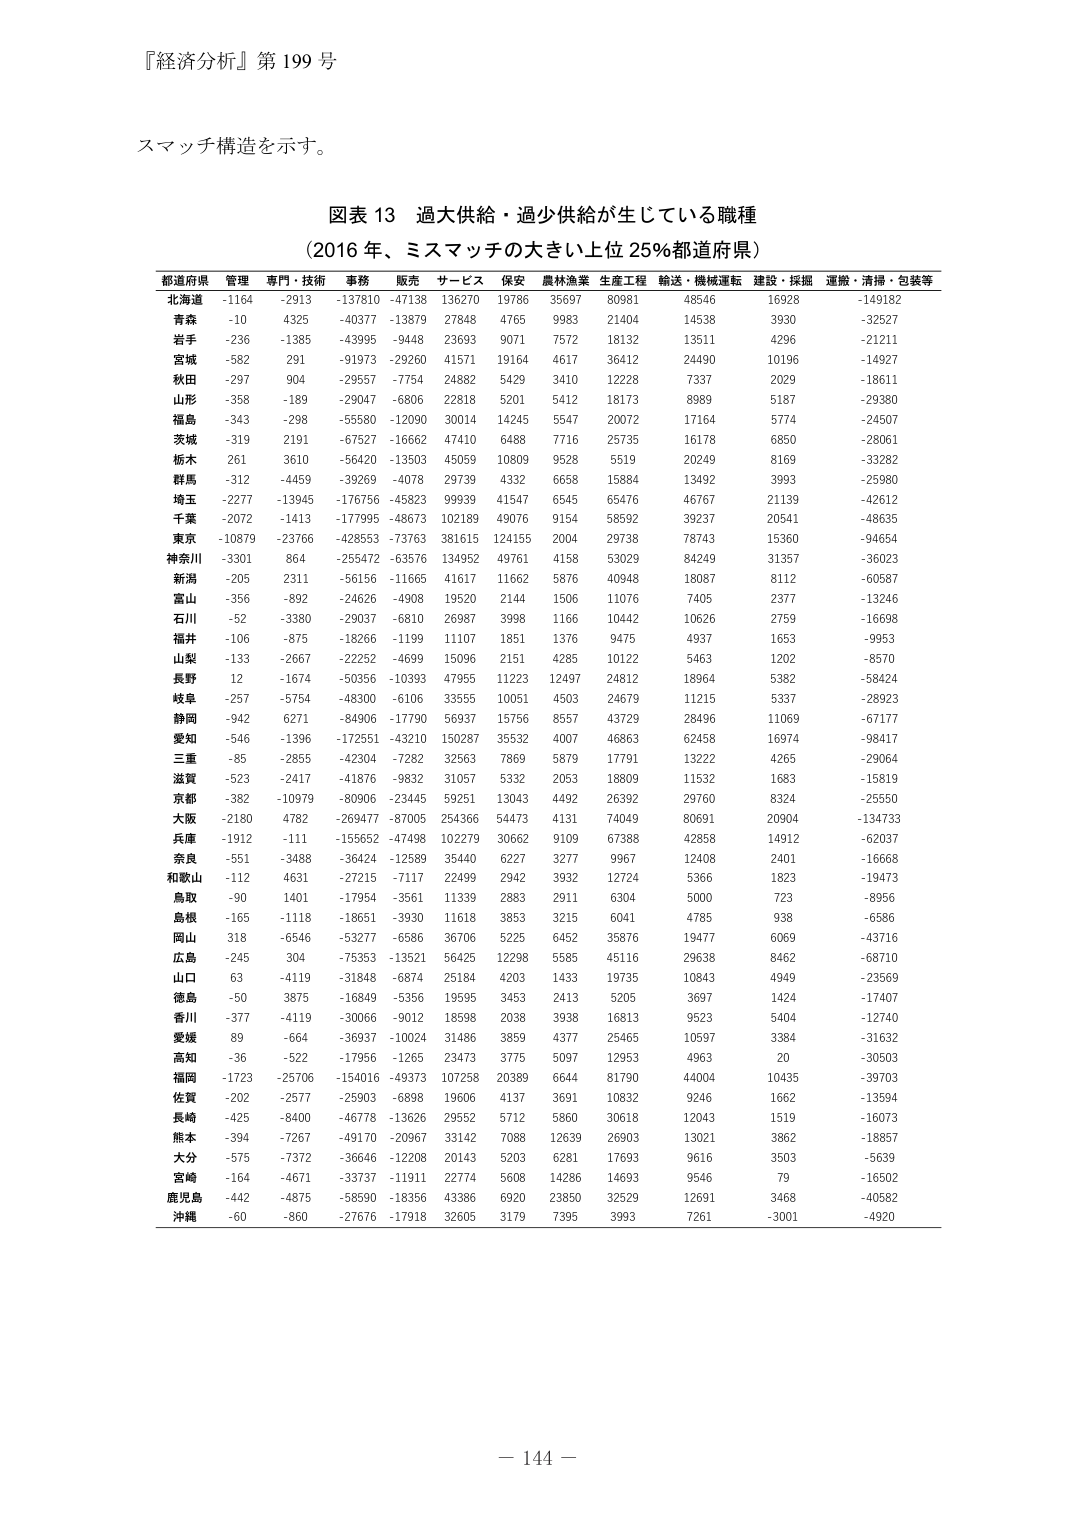
『経済分析』第 199 号

スマッチ構造を示す。

図表 13 過大供給・過少供給が生じている職種
（2016 年、ミスマッチの大きい上位 25％都道府県）

都道府県 管理 専門・技術 事務 販売 サービス 保安 農林漁業 生産工程 輸送・機械運転 建設・採掘 運搬・清掃・包装等
北海道 -1164 -2913 -137810 -47138 136270 19786 35697 80981 48546 16928 -149182
青森 -10 4325 -40377 -13879 27848 4765 9983 21404 14538 3930 -32527
岩手 -236 -1385 -43995 -9448 23693 9071 7572 18132 13511 4296 -21211
宮城 -582 291 -91973 -29260 41571 19164 4617 36412 24490 10196 -14927
秋田 -297 904 -29557 -7754 24882 5429 3410 12228 7337 2029 -18611
山形 -358 -189 -29047 -6806 22818 5201 5412 18173 8989 5187 -29380
福島 -343 -298 -55580 -12090 30014 14245 5547 20072 17164 5774 -24507
茨城 -319 2191 -67527 -16662 47410 6488 7716 25735 16178 6850 -28061
栃木 261 3610 -56420 -13503 45059 10809 9528 5519 20249 8169 -33282
群馬 -312 -4459 -39269 -4078 29739 4332 6658 15884 13492 3993 -25980
埼玉 -2277 -13945 -176756 -45823 99939 41547 6545 65476 46767 21139 -42612
千葉 -2072 -1413 -177995 -48673 102189 49076 9154 58592 39237 20541 -48635
東京 -10879 -23766 -428553 -73763 381615 124155 2004 29738 78743 15360 -94654
神奈川 -3301 864 -255472 -63576 134952 49761 4158 53029 84249 31357 -36023
新潟 -205 2311 -56156 -11665 41617 11662 5876 40948 18087 8112 -60587
富山 -356 -892 -24626 -4908 19520 2144 1506 11076 7405 2377 -13246
石川 -52 -3380 -29037 -6810 26987 3998 1166 10442 10626 2759 -16698
福井 -106 -875 -18266 -1199 11107 1851 1376 9475 4937 1653 -9953
山梨 -133 -2667 -22252 -4699 15096 2151 4285 10122 5463 1202 -8570
長野 12 -1674 -50356 -10393 47955 11223 12497 24812 18964 5382 -58424
岐阜 -257 -5754 -48300 -6106 33555 10051 4503 24679 11215 5337 -28923
静岡 -942 6271 -84906 -17790 56937 15756 8557 43729 28496 11069 -67177
愛知 -546 -1396 -172551 -43210 150287 35532 4007 46863 62458 16974 -98417
三重 -85 -2855 -42304 -7282 32563 7869 5879 17791 13222 4265 -29064
滋賀 -523 -2417 -41876 -9832 31057 5332 2053 18809 11532 1683 -15819
京都 -382 -10979 -80906 -23445 59251 13043 4492 26392 29760 8324 -25550
大阪 -2180 4782 -269477 -87005 254366 54473 4131 74049 80691 20904 -134733
兵庫 -1912 -111 -155652 -47498 102279 30662 9109 67388 42858 14912 -62037
奈良 -551 -3488 -36424 -12589 35440 6227 3277 9967 12408 2401 -16668
和歌山 -112 4631 -27215 -7117 22499 2942 3932 12724 5366 1823 -19473
鳥取 -90 1401 -17954 -3561 11339 2883 2911 6304 5000 723 -8956
島根 -165 -1118 -18651 -3930 11618 3853 3215 6041 4785 938 -6586
岡山 318 -6546 -53277 -6586 36706 5225 6452 35876 19477 6069 -43716
広島 -245 304 -75353 -13521 56425 12298 5585 45116 29638 8462 -68710
山口 63 -4119 -31848 -6874 25184 4203 1433 19735 10843 4949 -23569
徳島 -50 3875 -16849 -5356 19595 3453 2413 5205 3697 1424 -17407
香川 -377 -4119 -30066 -9012 18598 2038 3938 16813 9523 5404 -12740
愛媛 89 -664 -36937 -10024 31486 3859 4377 25465 10597 3384 -31632
高知 -36 -522 -17956 -1265 23473 3775 5097 12953 4963 20 -30503
福岡 -1723 -25706 -154016 -49373 107258 20389 6644 81790 44004 10435 -39703
佐賀 -202 -2577 -25903 -6898 19606 4137 3691 10832 9246 1662 -13594
長崎 -425 -8400 -46778 -13626 29552 5712 5860 30618 12043 1519 -16073
熊本 -394 -7267 -49170 -20967 33142 7088 12639 26903 13021 3862 -18857
大分 -575 -7372 -36646 -12208 20143 5203 6281 17693 9616 3503 -5639
宮崎 -164 -4671 -33737 -11911 22774 5608 14286 14693 9546 79 -16502
鹿児島 -442 -4875 -58590 -18356 43386 6920 23850 32529 12691 3468 -40582
沖縄 -60 -860 -27676 -17918 32605 3179 7395 3993 7261 -3001 -4920

－ 144 －